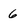
Character: 6